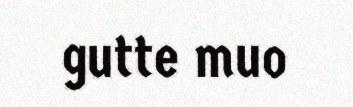
gutte muo